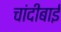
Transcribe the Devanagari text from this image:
चांदीबाई